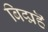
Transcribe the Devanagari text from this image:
बिद्महॆ